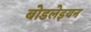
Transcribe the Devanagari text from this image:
बोडलेइयन